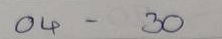
04 - 30